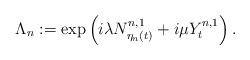
LaTeX: \begin{align*} \Lambda_n:=\exp \left(i\lambda N^{n,1}_{\eta_n(t)} + i \mu Y^{n,1}_{t} \right). \end{align*}